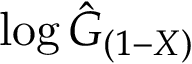
\log { \hat { G } } _ { ( 1 - X ) }